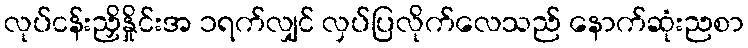
လုပ်ငန်းညှိနှိုင်းအ ၁ရက်လျှင် လှပ်ပြလိုက်လေသည် နောက်ဆုံးညစာ